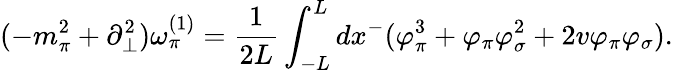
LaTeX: (-m_{\pi}^{2}+\partial_{\bot}^{2})\omega_{\pi}^{(1)}=\frac{1}{2L}\int_{-L}^{L}dx^{-}(\varphi_{\pi}^{3}+\varphi_{\pi}\varphi_{\sigma}^{2}+2v\varphi_{\pi}\varphi_{\sigma}).